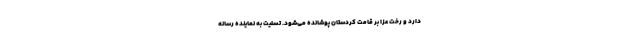
دارد و رخت عزا بر قامت کردستان پوشانده می‌شود. تسلیت به نماینده رسانه